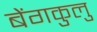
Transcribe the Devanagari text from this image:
बेंगकुलु